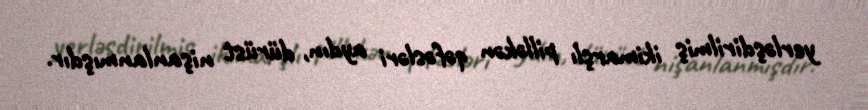
yerləşdirilmiş ikimarşlı pilləkən qəfəsləri aydın, dürüst nişanlanmışdır.